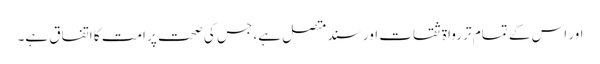
اور اس کے تمام تر رواۃ ثقات اور سند متصل ہے، جس کی صحت پر امت کا اتفاق ہے۔